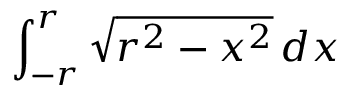
\int _ { - r } ^ { r } { \sqrt { r ^ { 2 } - x ^ { 2 } } } \, d x